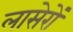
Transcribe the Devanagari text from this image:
लासेरों